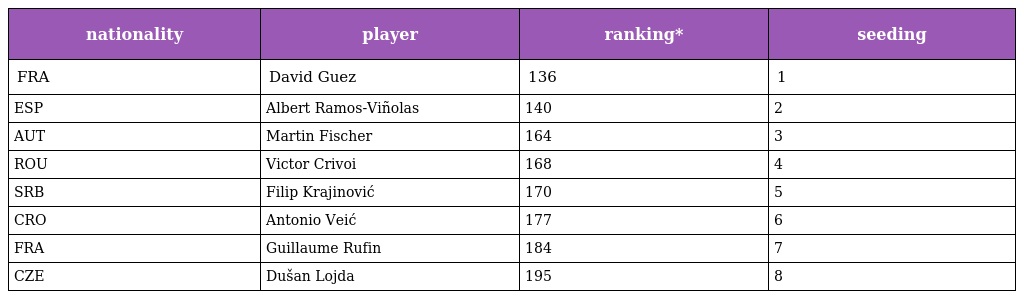
| nationality | player | ranking* | seeding |
 | --- | --- | --- | --- |
 | FRA | David Guez | 136 | 1 |
 | ESP | Albert Ramos-Viñolas | 140 | 2 |
 | AUT | Martin Fischer | 164 | 3 |
 | ROU | Victor Crivoi | 168 | 4 |
 | SRB | Filip Krajinović | 170 | 5 |
 | CRO | Antonio Veić | 177 | 6 |
 | FRA | Guillaume Rufin | 184 | 7 |
 | CZE | Dušan Lojda | 195 | 8 |